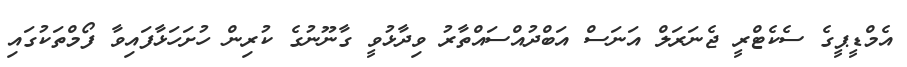
އެމްޑީޕީގެ ސެކެޓްރީ ޖެނަރަލް އަނަސް އަބްދުއްސައްތާރު ވިދާޅުވީ ގާނޫނުގެ ކުރިން ހުށަހަޅާފައިވާ ފޯމްތަކުގައި